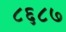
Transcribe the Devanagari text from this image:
८६८७